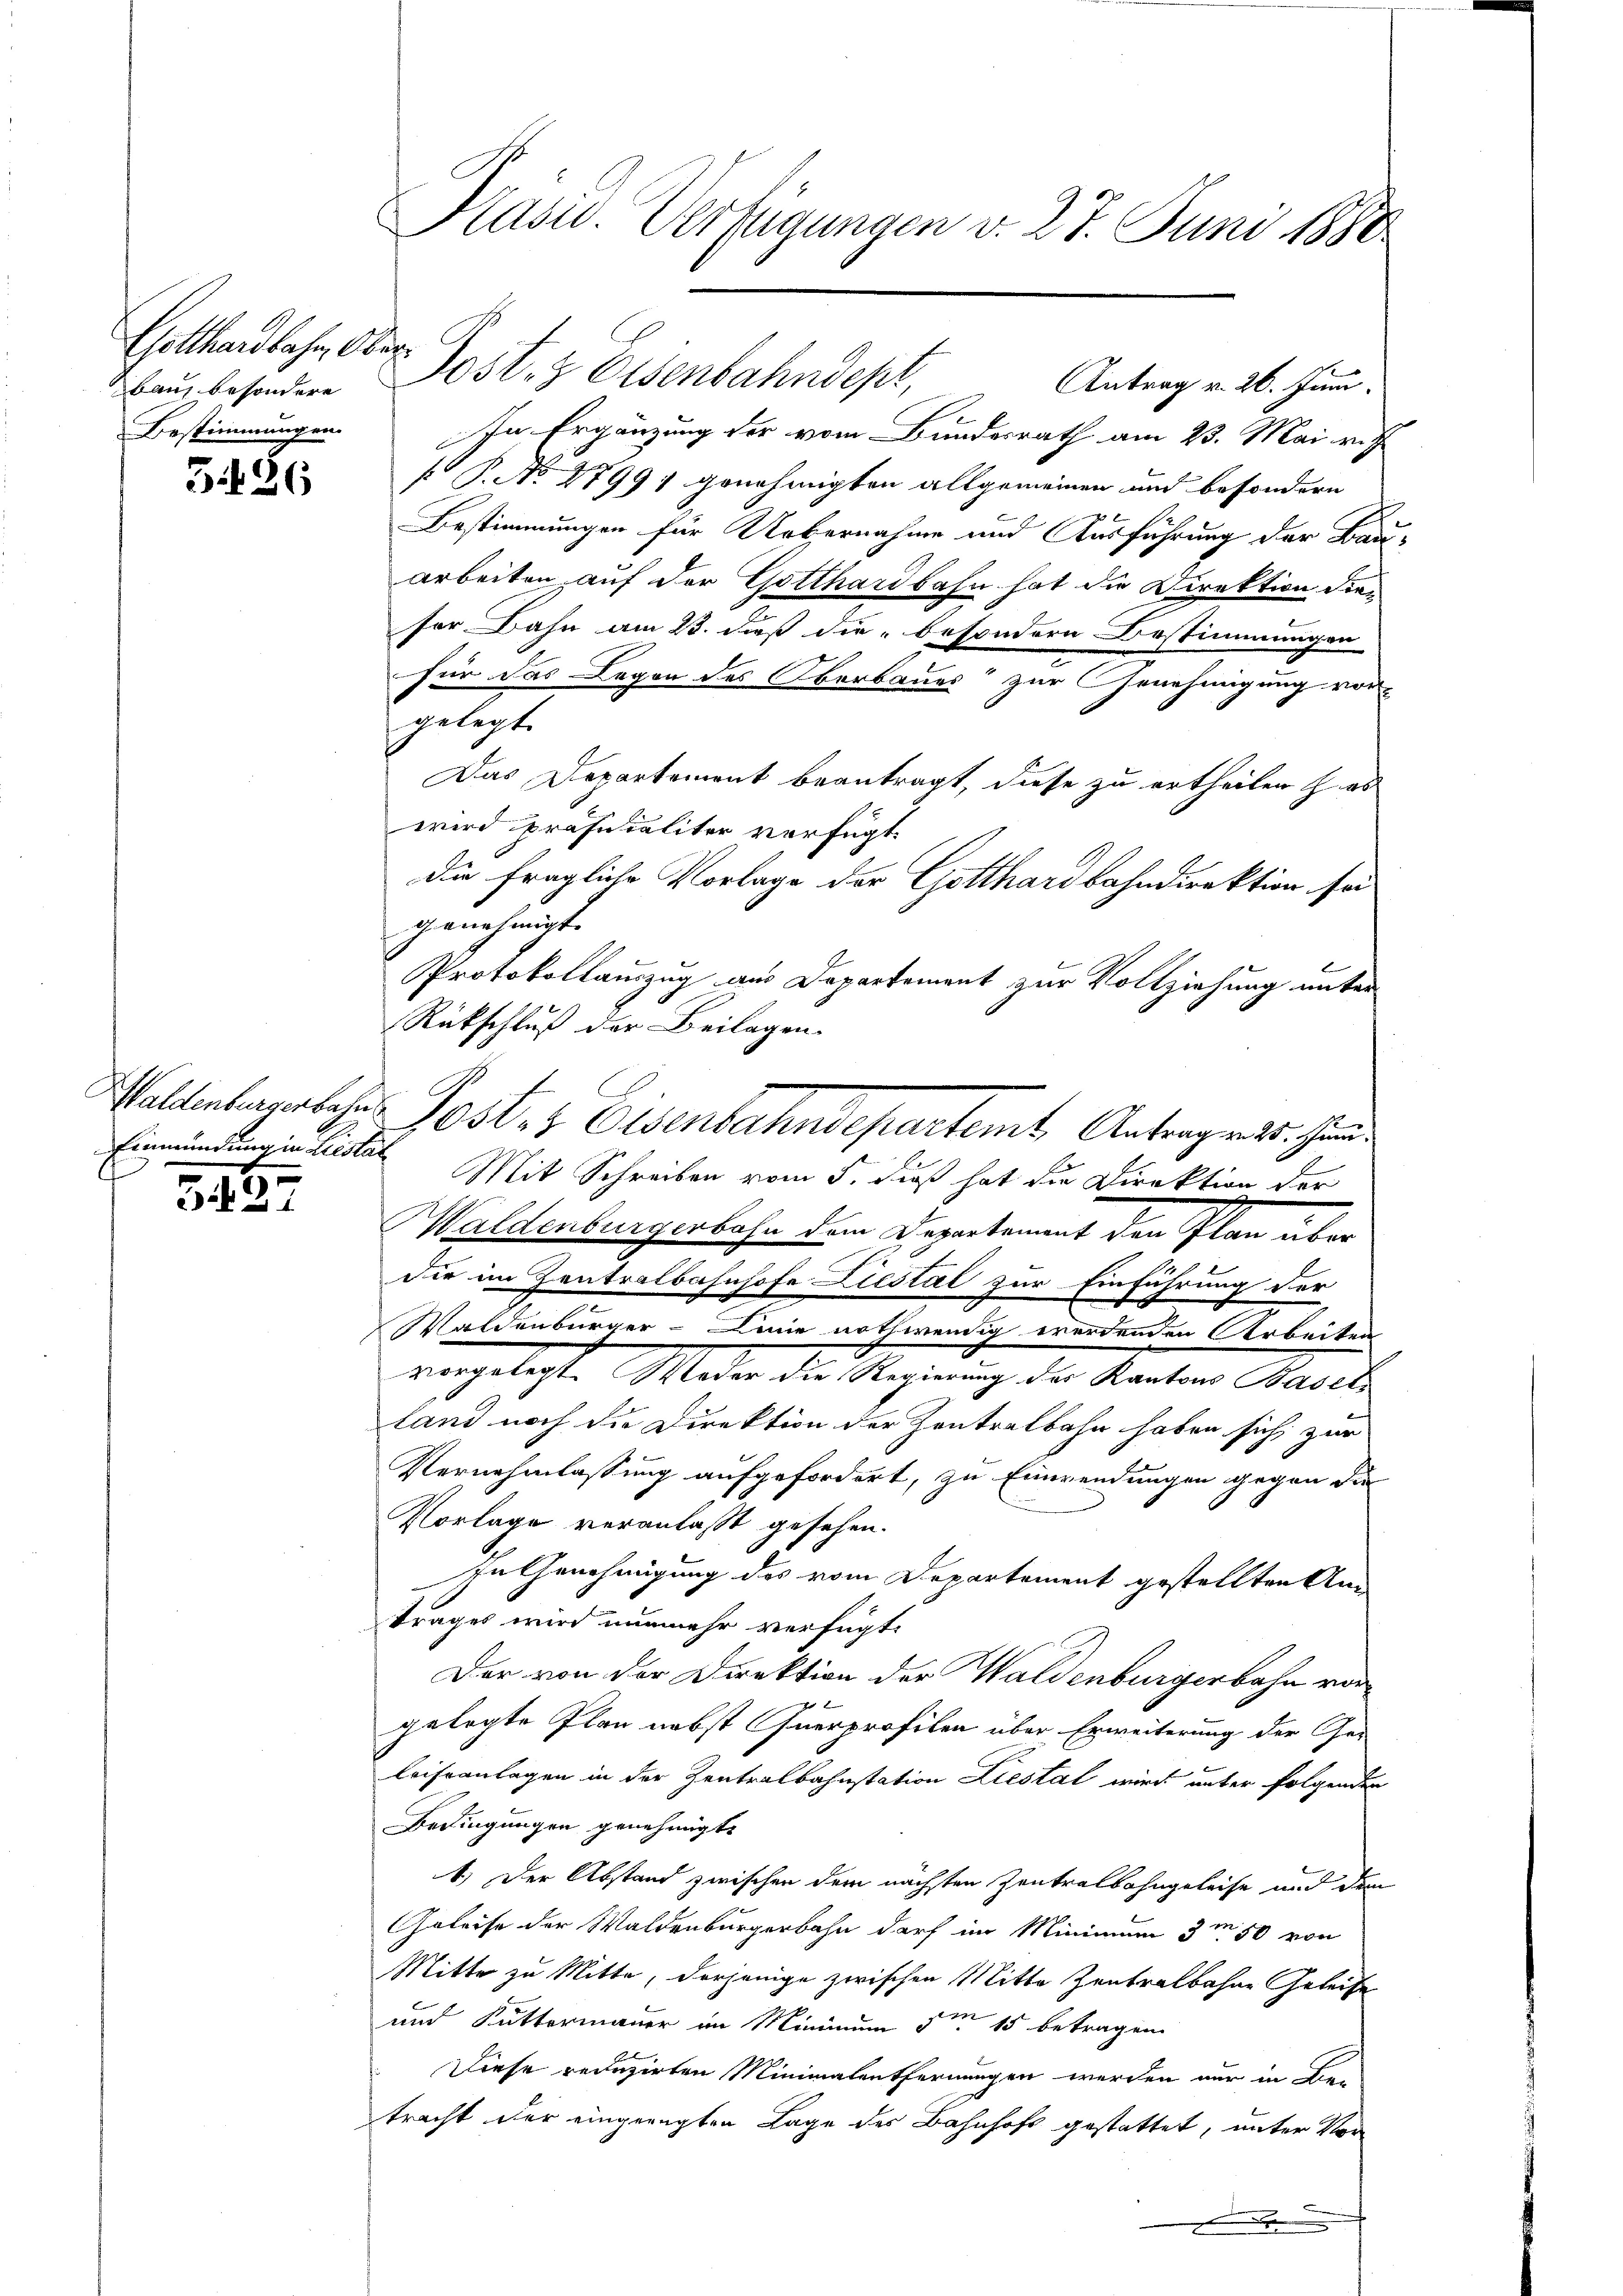
Gotthardbahn, Ober¬
Bestimmungen.

3426

Einmündung in Liestat

3
1

Kasw. Verfügungen v. 27. Juni 1888

In Ergänzung der vom Bundesrath am 23. Mai ri
s P. No 4799) genehmigten allgemeinen und besondern
Bestimmungen für Uebernahme und Ausführung der Bau¬
Arbeiten auf der Gotthardbahn hat die Direktion die
ser Bahn am 23. dieß die „besondern Bestimmungen
für das Legen des Oberbaues“ zur Genehmigung von
gelegt.
Das Departement beantragt, diese zu ertheilen has
wird präfucaliter verfügt:
die fragliche Vorlage der Gotthardbahndirektion sei
genehmigt.
Protokollauszug aus Departement zur Vollziehung unter
Rückschluß der Beilagen.
Waltenbergabeher Post- & Eisenbahndepartemt Antragen 15. Juni.
Mit Schreiben vom 5. dieß hat die Direktion der
Waldenburgerbahn dem Departement den Plan über
die im Zentralbahnhofe Liestät zur Einführung der
Waldenburger. Deine nothwendig werdenden Arbeiten
vorgelegte Meder die Regierung der Kanton Basel
land noch die Direktion der Zentralbahn haben sich zur
Vernehmlassung aufgefordert, zu Einwendungen gegen die
Vorlage veranlaßt gesehen.
In Genehmigung des vom Departement gestellten Am
trages wird nunmehr verfügt:
Der von der Direktion der Waldenburgerbahn vorgelegte Plan nebst Querprofilen über Erweiterung der Geleiseanlagen in der Zentralbahnstation Liestal wird unter folgenden
Bedingungen genehmigt.
1.) Der Abstand zwischen dem nächsten Zentralbahngeleise auch den
Geleise der Waldenburgerbahn darf im Minimum 3m 50 von
Mitte zu Mitte, derjenige zwischen Mitte Zentralbahne Geleite
und Kuttermauer in Minimum um 15 betragen.
Diese reduzirten Minimalentfernungen werden nur in Be-
tracht der eingeregten Lage des Bahnhofs gestattet, unter Vor¬
.

bau besondere Post- & Eisenbahndept,

Antrag v. 26. Juni.